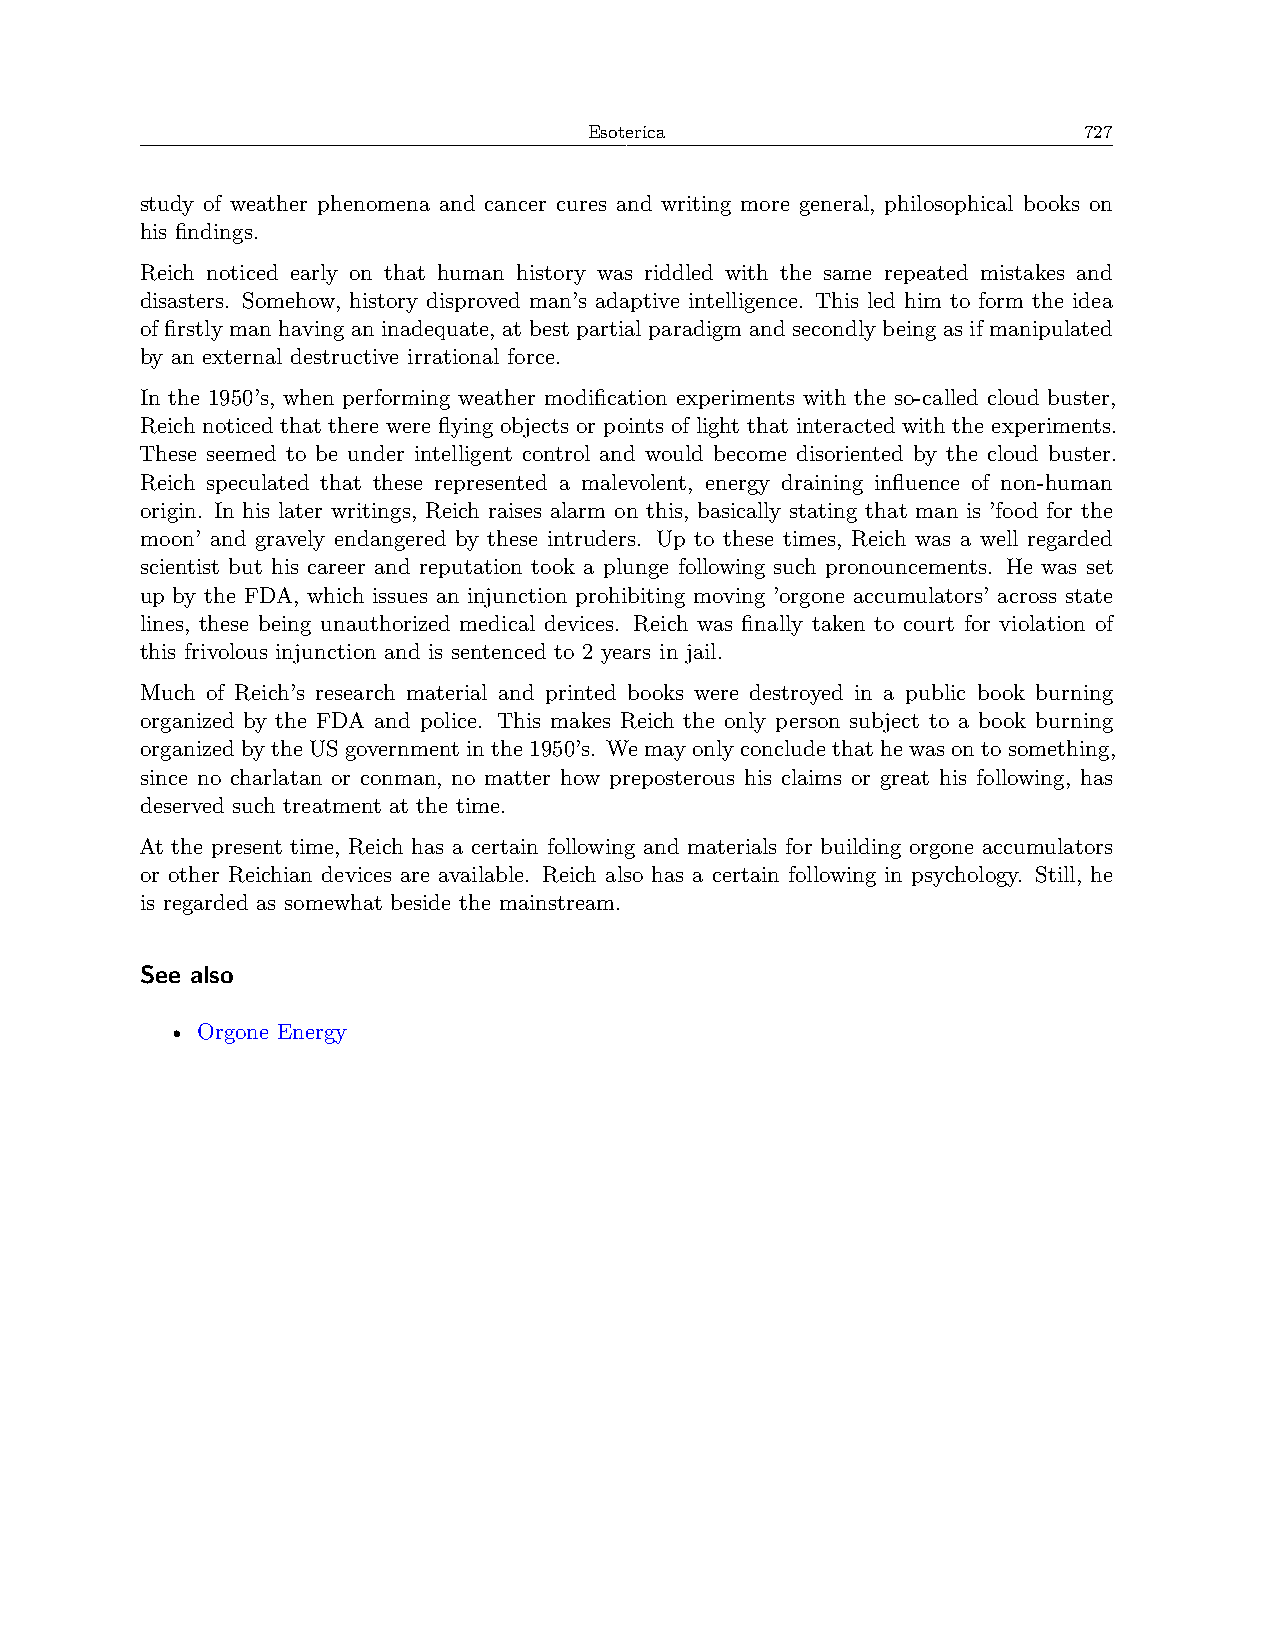
Esoterica                        727
 study of weather phenomena and cancer cures and writing more general, philosophical books on
 his findings.
 Reich noticed early on that human history was riddled with the same repeated mistakes and
 disasters. Somehow, history disproved man’s adaptive intelligence. This led him to form the idea
 of firstly man having an inadequate, at best partial paradigm and secondly being as if manipulated
 by an external destructive irrational force.
 In the 1950’s, when performing weather modification experiments with the so-called cloud buster,
 Reich noticed that there were flying objects or points of light that interacted with the experiments.
 These seemed to be under intelligent control and would become disoriented by the cloud buster.
 Reich speculated that these represented a malevolent, energy draining influence of non-human
 origin. In his later writings, Reich raises alarm on this, basically stating that man is ’food for the
 moon’ and gravely endangered by these intruders. Up to these times, Reich was a well regarded
 scientist but his career and reputation took a plunge following such pronouncements. He was set
 up by the FDA, which issues an injunction prohibiting moving ’orgone accumulators’ across state
 lines, these being unauthorized medical devices. Reich was finally taken to court for violation of
 this frivolous injunction and is sentenced to 2 years in jail.
 Much of Reich’s research material and printed books were destroyed in a public book burning
 organized by the FDA and police. This makes Reich the only person subject to a book burning
 organized bythe US governmentin the 1950’s. We mayonly conclude that he wason to something,
 since no charlatan or conman, no matter how preposterous his claims or great his following, has
 deserved such treatment at the time.
 At the present time, Reich has a certain following and materials for building orgone accumulators
 or other Reichian devices are available. Reich also has a certain following in psychology. Still, he
 is regarded as somewhat beside the mainstream.
 See also
 • Orgone Energy